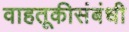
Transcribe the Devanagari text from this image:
वाहतूकीसंबंधी